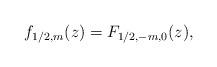
LaTeX: \begin{align*}f_{1/2,m}(z) = F_{1/2,-m,0}(z),\end{align*}